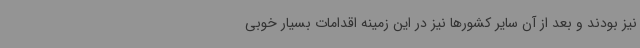
نیز بودند و بعد از آن سایر کشورها نیز در این زمینه اقدامات بسیار خوبی